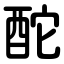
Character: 酡